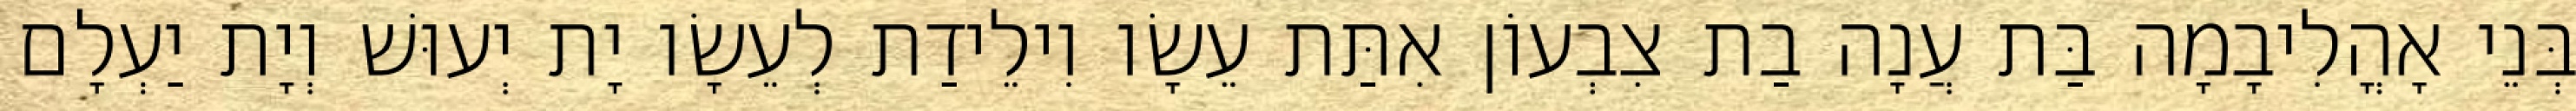
בְּנֵי אָהֳלִיבָמָה בַּת עֲנָה בַת צִבְעוֹן אִתַּת עֵשָׂו וִילֵידַת לְעֵשָׂו יָת יְעוּשׁ וְיָת יַעְלָם